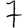
Digit: 7